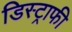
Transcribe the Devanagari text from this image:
डिस्ट्राफी